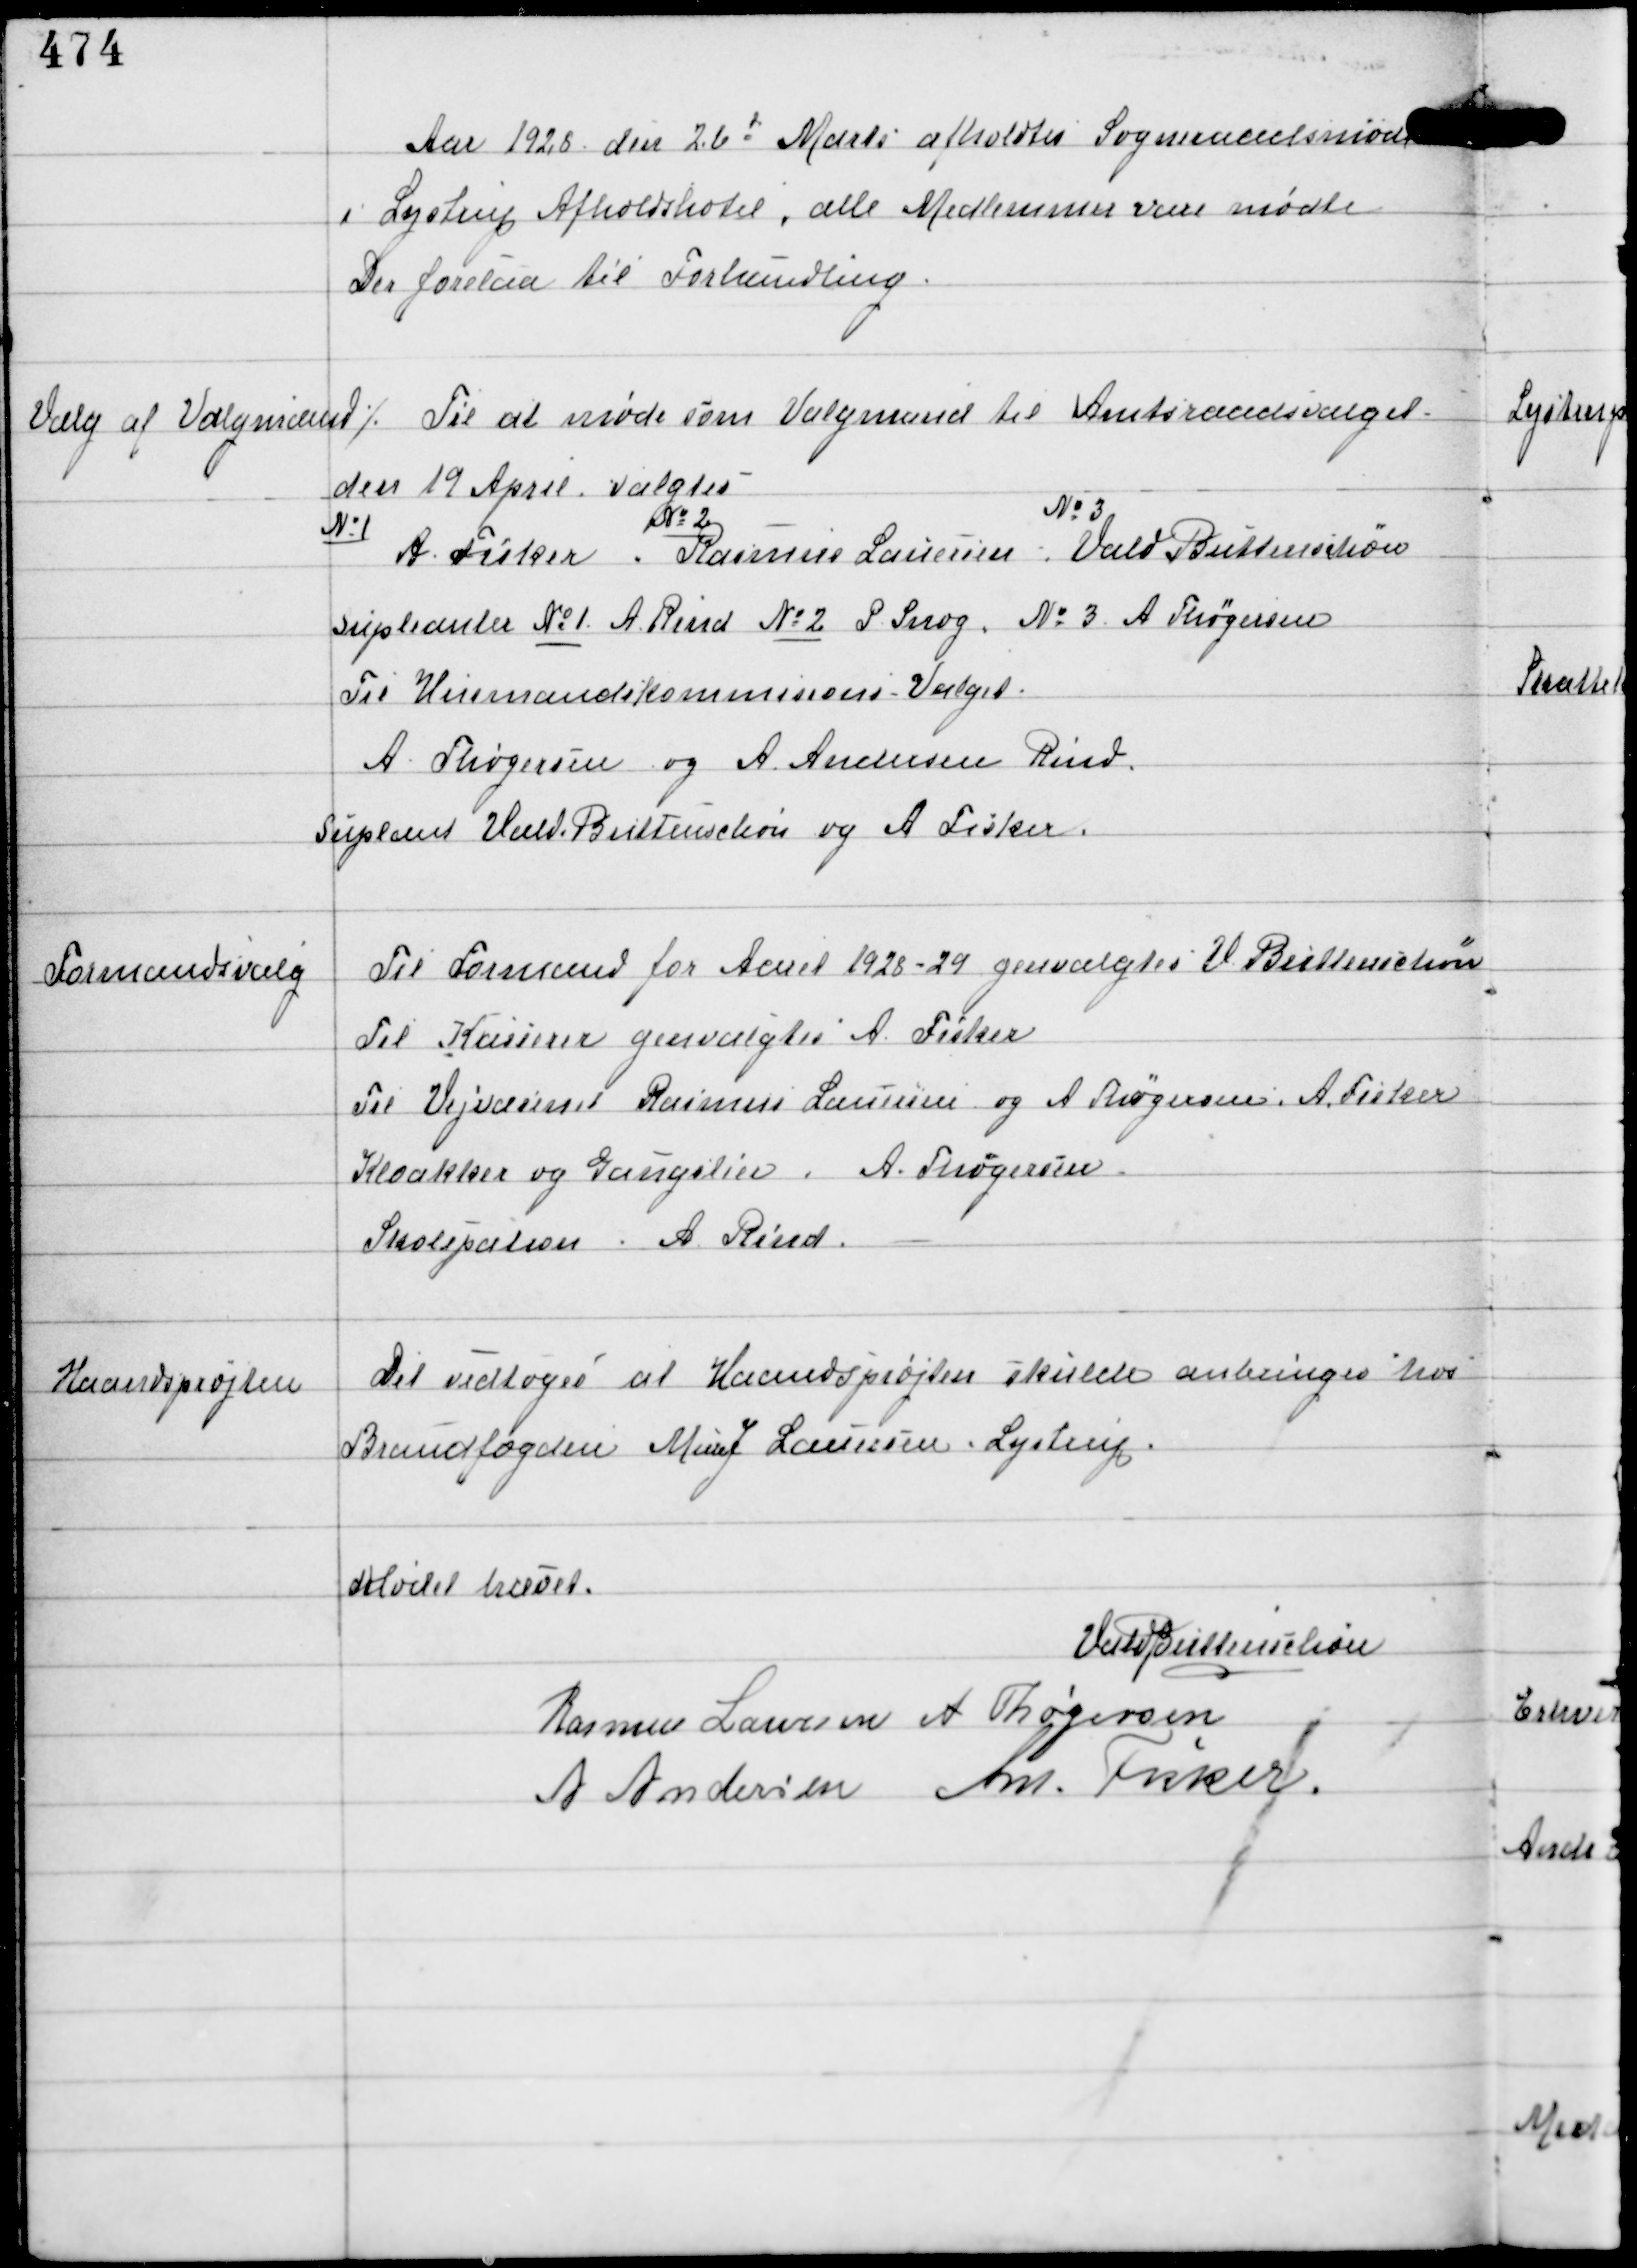
Transskription:
Aar 1928 den 26d Marts afholdtes Sogneraadsmøde
i Lystrup Afholdshotel, alle Medlemmer vare mødte
Der forelaa til Forhandling.

Valg af Valgmænd

⁒ Til at møde som Valgmænd til Amtsraadsvalget
den 19 April valgtes
No 1
A Fisker
No 2
Rasmus Laursen
No 3
Vald Buttenschøn
Supleanter No 1 A Rind No 2 P Snog No 3 A Thøgersen
Til Husmandskommissions Valget.
A Thøgersen og A Andersen Rind
Supleant Vald Buttenschøn og A Fisker

Formandsvalg

Til Formand for Aaret 1928-29 genvalgtes V Buttenschøn
Til Kasserer genvalgtes A Fisker
Til Vejvæsenet Rasmus Laursen og A Thøgersen, A Fisker
Kloakker og Gangstier A Thøgersen
Skolepatron A Rind.

Haandsprøjten

Det vedtoges at Haandsprøjten skulde anbringes hos
Brandfogden Murer J Lauersen, Lystrup

Mødet hævet
Vald Buttenschøn
Rasmus Laursen A Thøgersen
A Andersen Ant Fisker